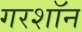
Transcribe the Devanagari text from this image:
गरशॉन